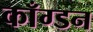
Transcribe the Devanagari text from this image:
काँग्डन